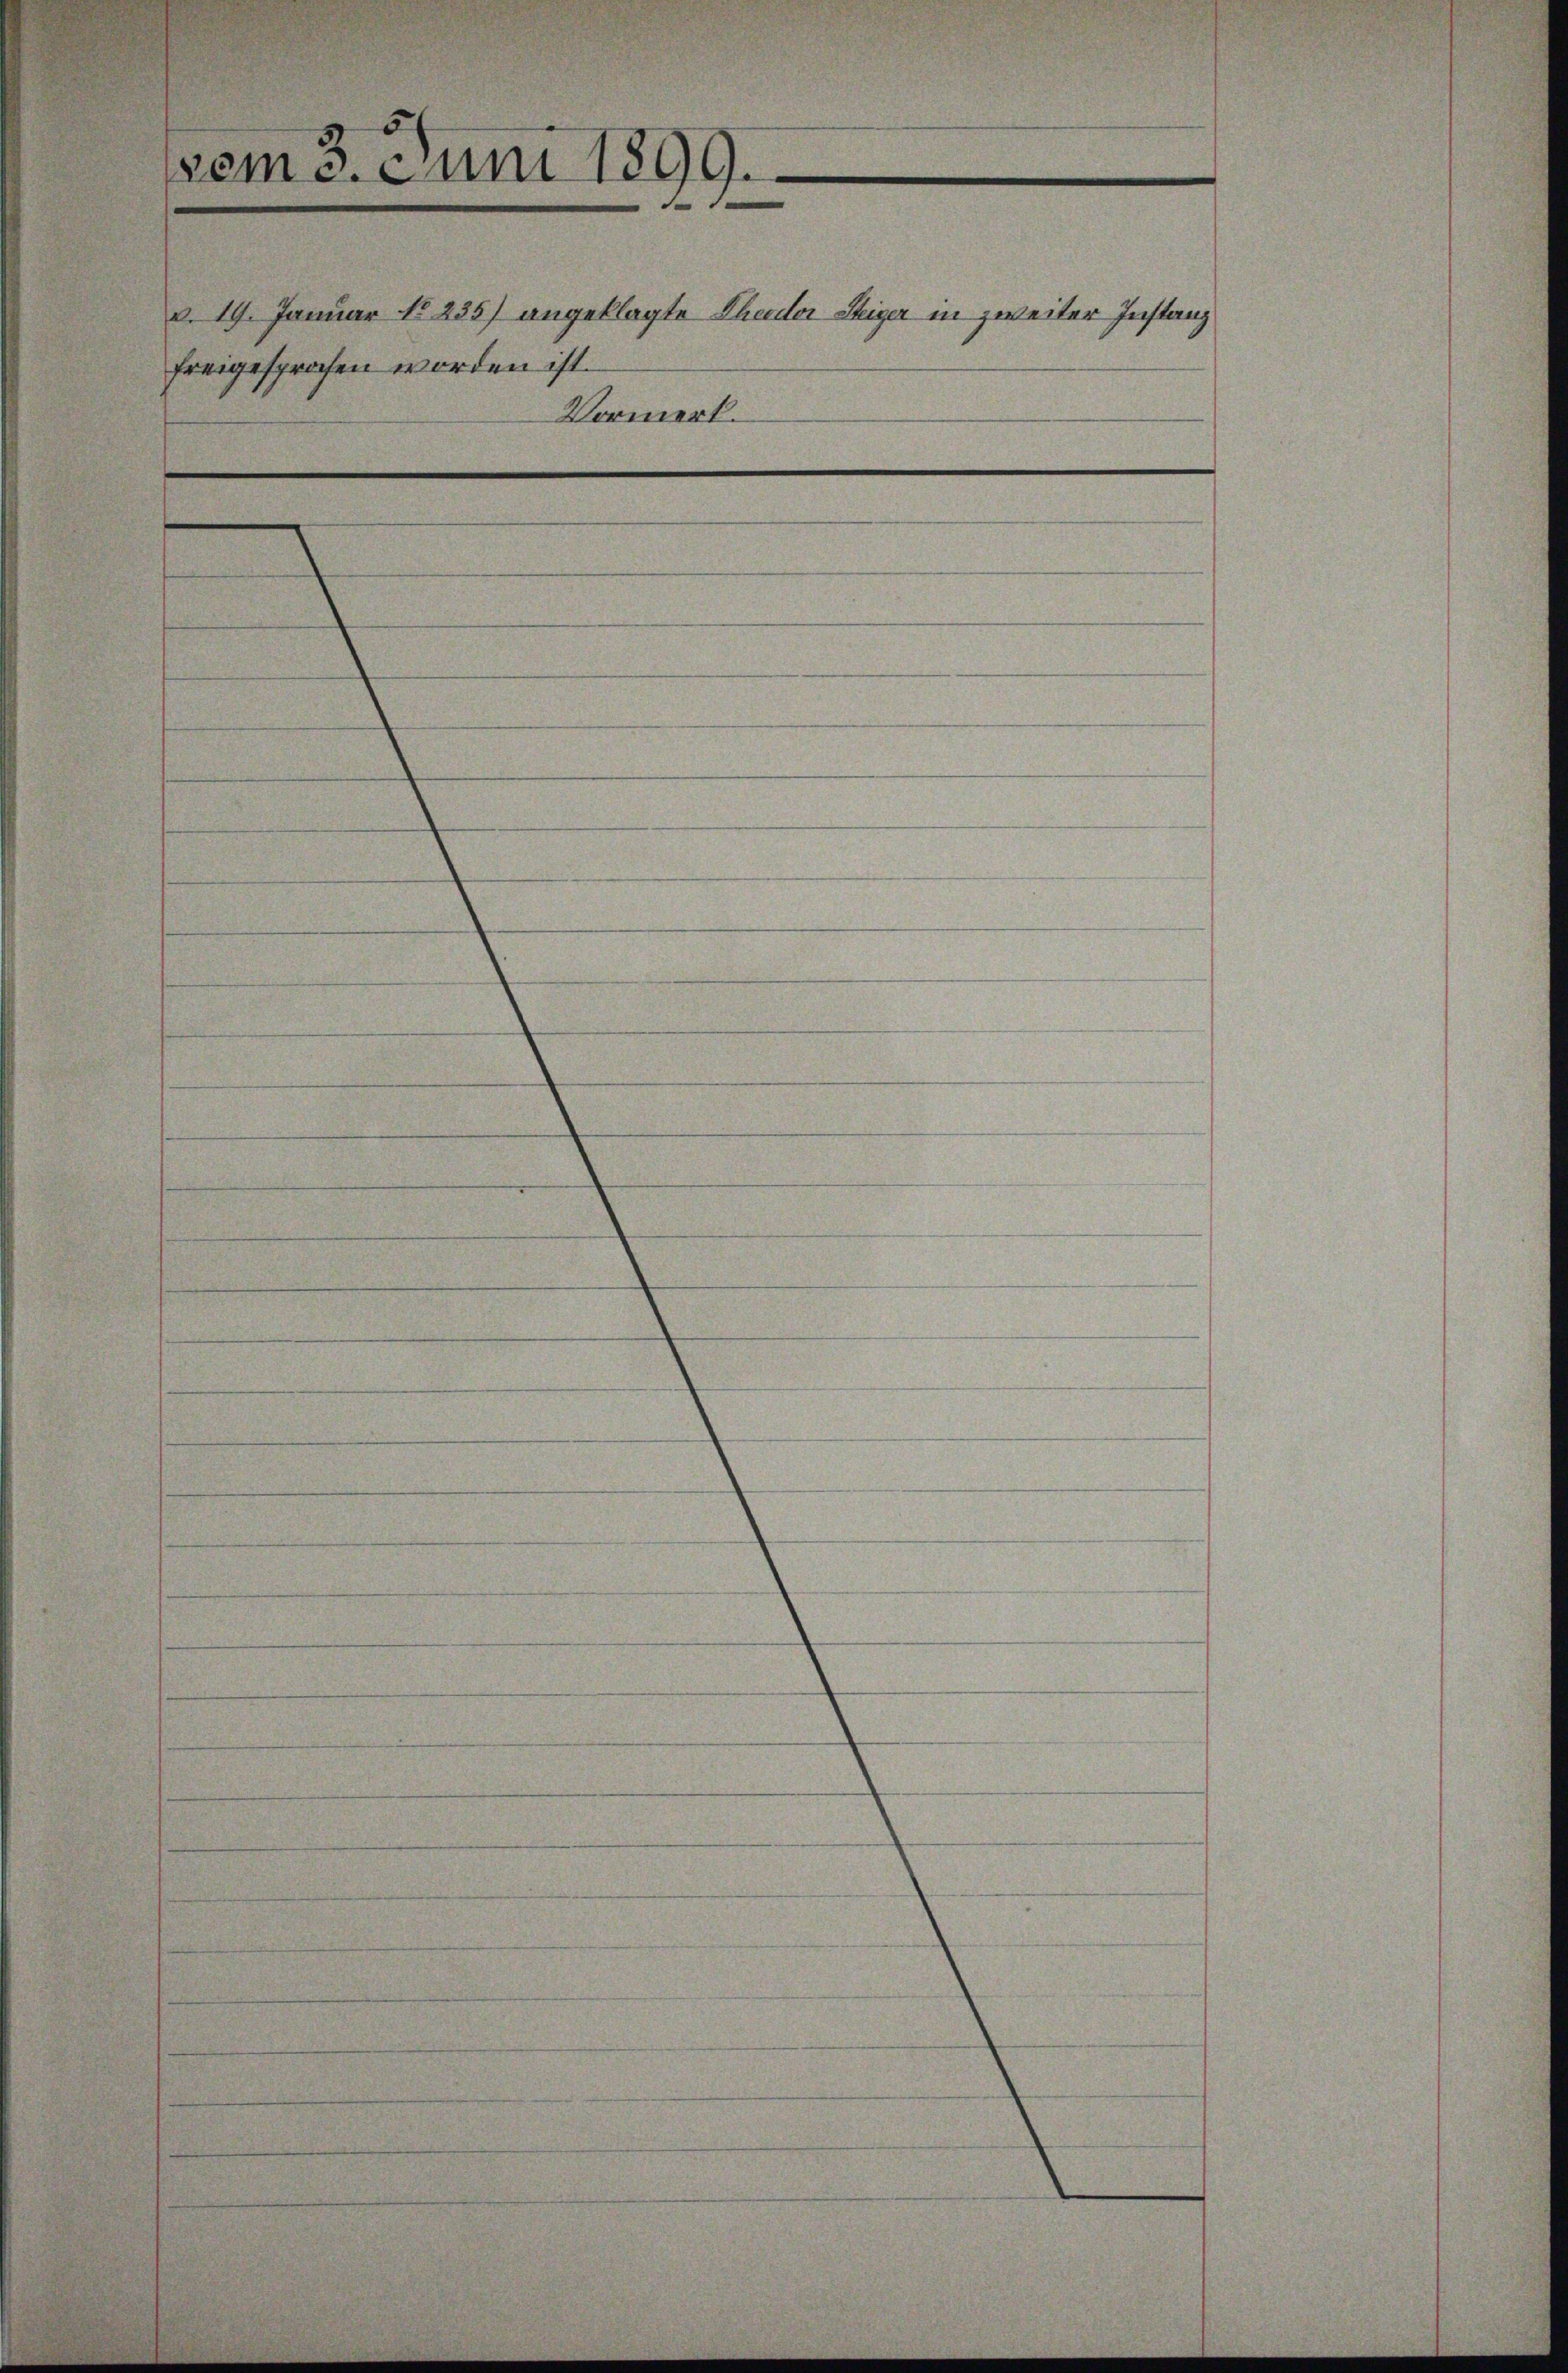
vom 3. Juni 1899.
v. 19. Januar No 235) angeklagte Thuder Steiger in zweiter Instanz
freigesprochen worden ist.
Vormerk.